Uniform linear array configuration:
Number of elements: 48
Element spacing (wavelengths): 0.75
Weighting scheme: hann
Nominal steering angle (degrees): -45
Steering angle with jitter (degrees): -46.297
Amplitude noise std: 0.05
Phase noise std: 0.05

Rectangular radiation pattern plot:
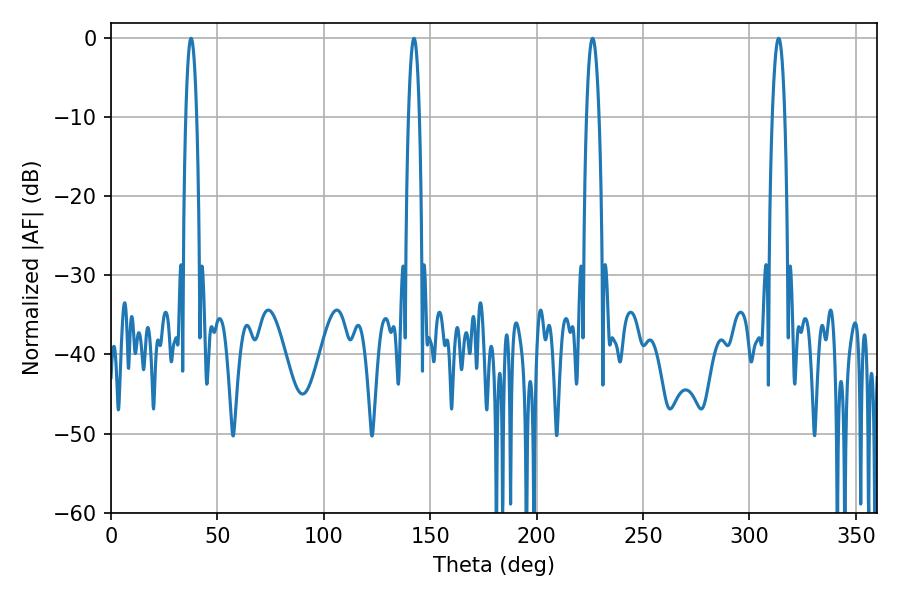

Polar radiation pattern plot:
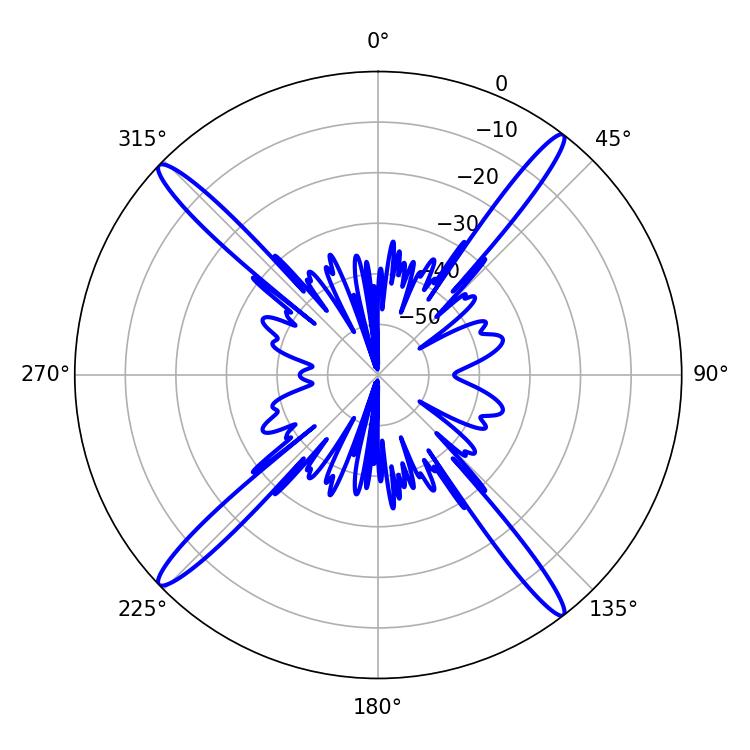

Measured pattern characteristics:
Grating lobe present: TRUE
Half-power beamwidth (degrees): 2.88
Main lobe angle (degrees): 37.62